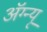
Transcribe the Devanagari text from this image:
अॅग्न्यू